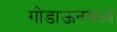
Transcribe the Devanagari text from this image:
गोडाऊनमध्ये